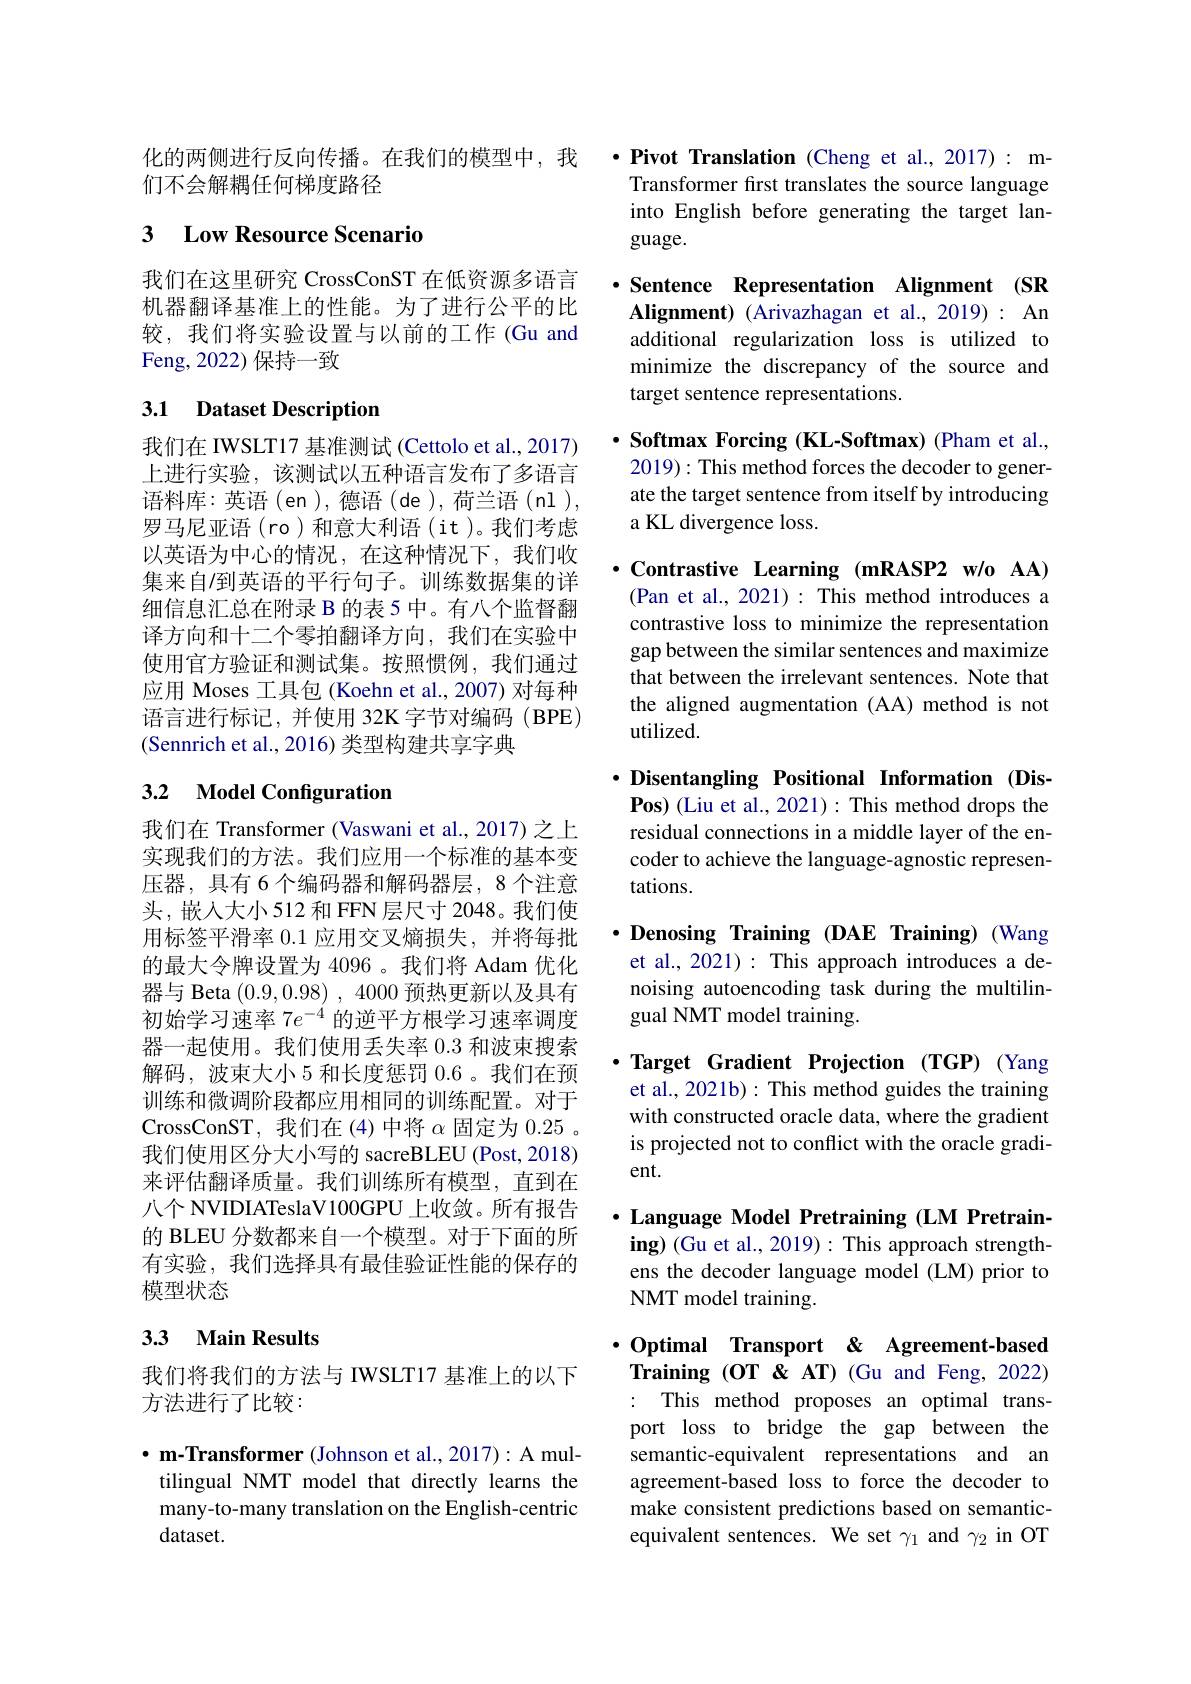
化的两侧进行反向传播。在我们的模型中，我
们不会解耦任何梯度路径

# 3 Low Resource Scenario

我们在这里研究 CrossConST 在低资源多语言机器翻译基准上的性能。为了进行公平的比较，我们将实验设置与以前的工作(Gu and Feng, 2022) 保持一致

## 3.1 Dataset Description

我们在 IWSLT17 基准测试 (Cettolo et al., 2017) 上进行实验，该测试以五种语言发布了多语言语料库：英语(en),德语(de),荷兰语(nl), 罗马尼亚语(ro)和意大利语(it)。我们考虑以英语为中心的情况，在这种情况下，我们收集来自$I$到英语的平行句子。训练数据集的详细信息汇总在附录 B 的表 5 中。有八个监督翻译方向和十二个零拍翻译方向，我们在实验中使用官方验证和测试集。按照惯例，我们通过应用 Moses 工具包 (Koehn et al., 2007) 对每种语言进行标记，并使用 32K 字节对编码 (BPE) (Sennrich et al., 2016) 类型构建共享字典

## 3.2 Model Configuration

我们在 Transformer (Vaswani et al., 2017) 之上实现我们的方法。我们应用一个标准的基本变压器，具有 6 个编码器和解码器层，8 个注意头，嵌入大小512 和 FFN 层尺寸 2048。我们使用标签平滑率0.1应用交叉熵损失，并将每批的最大令牌设置为 4096 。我们将 Adam 优化器与 Beta (0.9,0.98) , 4000预热更新以及具有初始学习速率$7e^{-4}$的逆平方根学习速率调度器一起使用。我们使用丢失率0.3和波束搜索解码，波束大小 5 和长度惩罚 0.6 。我们在预训练和微调阶段都应用相同的训练配置。对于CrossConST, 我 们 在 ( 4) 中 将 $\alpha$ 固 定 为 0. 25 。我们使用区分大小写的 sacreBLEU (Post,2018) 来评估翻译质量。我们训练所有模型，直到在八个 NVIDIATeslaV100GPU 上收敛。所有报告的 BLEU 分数都来自一个模型。对于下面的所有实验，我们选择具有最佳验证性能的保存的模型状态

## 3.3 Main Results

我们将我们的方法与 IWSLT17 基准上的以下
方法进行了比较：

$\cdot \textbf{m- Transformer ( Johnson et al. , 2017) : A mul- }$ tilingual NMT model that directly learns the many-to-many translation on the English-centric dataset.

$\cdot$ Pivot Translation (Cheng et al., 2017): mTransformer first translates the source language into English before generating the target language.

$\cdot$ Sentence Representation Alignment (SR Alignment) (Arivazhagan et al., 2019): An additional regularization loss is utilized to minimize the discrepancy of the source and target sentence representations.

$\cdot \textbf{ Softmax Forcing ( KL- Softmax) ( Pham et al. , }$ 2019): This method forces the decoder to generate the target sentence from itself by introducing a KL divergence loss.

$\cdot$Contrastive Learning (mRASP2 w/o AA) (Pan et al., 2021): This method introduces a contrastive loss to minimize the representation gap between the similar sentences and maximize that between the irrelevant sentences. Note that the aligned augmentation (AA) method is not utilized.

$\cdot$ Disentangling Positional Information (Dis-

Pos) (Liu et al., 2021): This method drops the residual connections in a middle layer of the encoder to achieve the language-agnostic representations.

$\cdot$ Denosing Training (DAE Training) (Wang et al., 2021) : This approach introduces a denoising autoencoding task during the multilingual NMT model training.

·Target Gradient Projection (TGP) (Yang et al., 2021b): This method guides the training with constructed oracle data, where the gradient is projected not to conflict with the oracle gradient.

$\cdot$ Language Model Pretraining (LM Pretraining) (Gu et al., 2019): This approach strengthens the decoder language model (LM) prior to NMT model training.

$\cdot$Optimal Transport & Agreement-based Training (OT &AT) (Gu and Feng, 2022) : This method proposes an optimal transport loss to bridge the gap between the semantic-equivalent representations and an agreement-based loss to force the decoder to make consistent predictions based on semanticequivalent sentences. We set $\gamma_1$ and $\gamma_2$ in OT